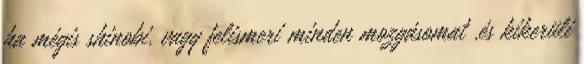
ha mégis shinobi. vagy felismeri minden mozgásomat .és kikerüli